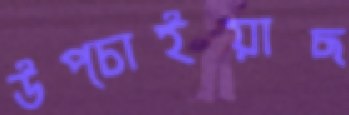
উপ্‌চাইয়াছ